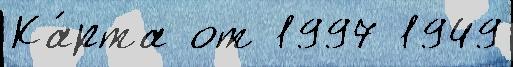
Ка́рта от 1997 1949